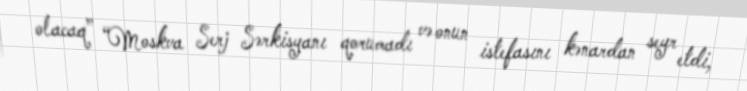
olacaq” “Moskva Serj Sərkisyanı qorumadı və onun istefasını kənardan seyr etdi,